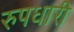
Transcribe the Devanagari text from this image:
रुपधारी